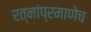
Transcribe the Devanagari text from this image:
रत्‍नांप्रमाणेच